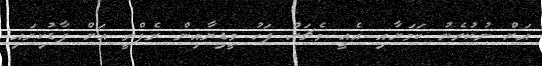
އަށް ނުކުރެނު ކަމަށާއި އެއީ މެޗަށް ފަހު މީޑިޔާއިން ރެފްރީ އަށް ފާޑުކިޔައި